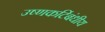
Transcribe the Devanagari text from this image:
उष्णकटिंबंधीय